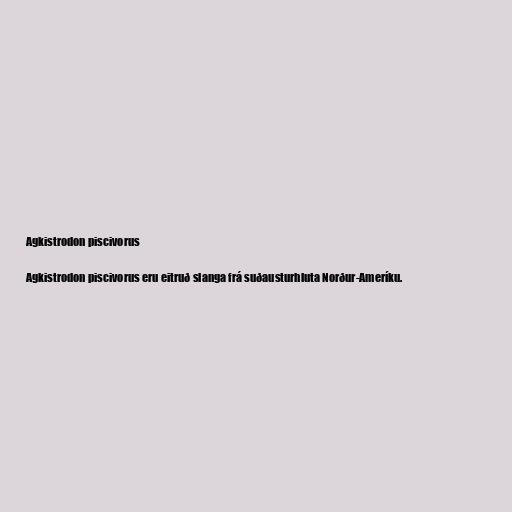
Agkistrodon piscivorus

Agkistrodon piscivorus eru eitruð slanga frá suðausturhluta Norður-Ameríku.